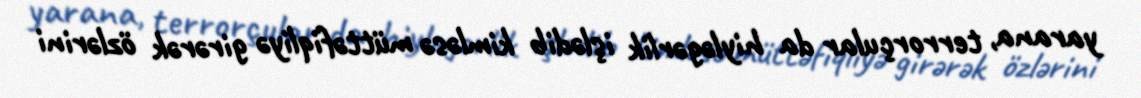
yarana, terrorçular da hiyləgərlik işlədib kimləsə müttəfiqliyə girərək özlərini